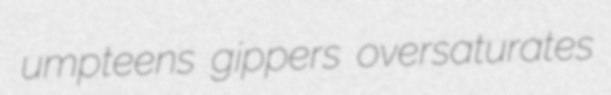
umpteens gippers oversaturates